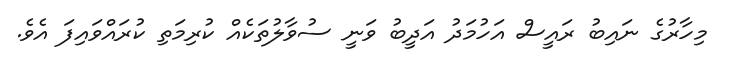
މިހާރުގެ ނައިބު ރައީސް އަހުމަދު އަދީބު ވަނީ ސުވާލުތަކެއް ކުރިމަތި ކުރައްވައިފަ އެވެ.